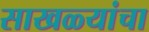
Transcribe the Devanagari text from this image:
साखळ्यांचा